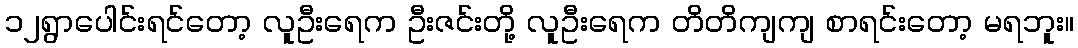
၁၂ရွာပေါင်းရင်တော့ လူဦးရေက ဦးဇင်းတို့ လူဦးရေက တိတိကျကျ စာရင်းတော့ မရဘူး။